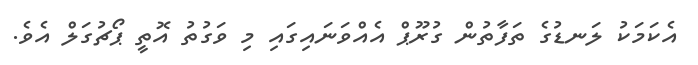
އެކަމަކު ލަނޑުގެ ތަފާތުން ގުރޫޕް އެއްވަނައިގައި މި ވަގުތު އޮތީ ޕޯޗުގަލް އެވެ.